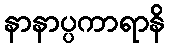
နာနာပ္ပကာရာနိ